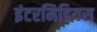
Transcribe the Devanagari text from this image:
इंटरमिडियस